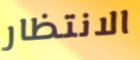
الانتظار